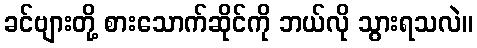
ခင်ဗျားတို့ စားသောက်ဆိုင်ကို ဘယ်လို သွားရသလဲ။